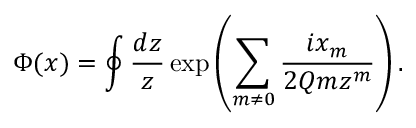
\Phi ( x ) = \oint { \frac { d z } { z } } \exp \left( \sum _ { m \neq 0 } { \frac { i x _ { m } } { 2 Q m z ^ { m } } } \right) .